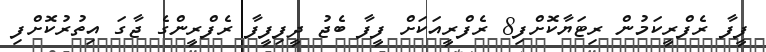
ފީފާ ރެފްރީކަމުން ރިޓަޔާކޮށްފި8 ރެފްރީއަކަށް ފީފާ ބެޖު ދީފިފީފާ ރެފްރީންގެ ޖާގަ އިތުރުކޮށްފި